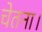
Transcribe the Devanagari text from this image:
चेतना।